Report of the Indian Hemp Drugs Commission, 1894-1895 - Volume II
Year: 1894
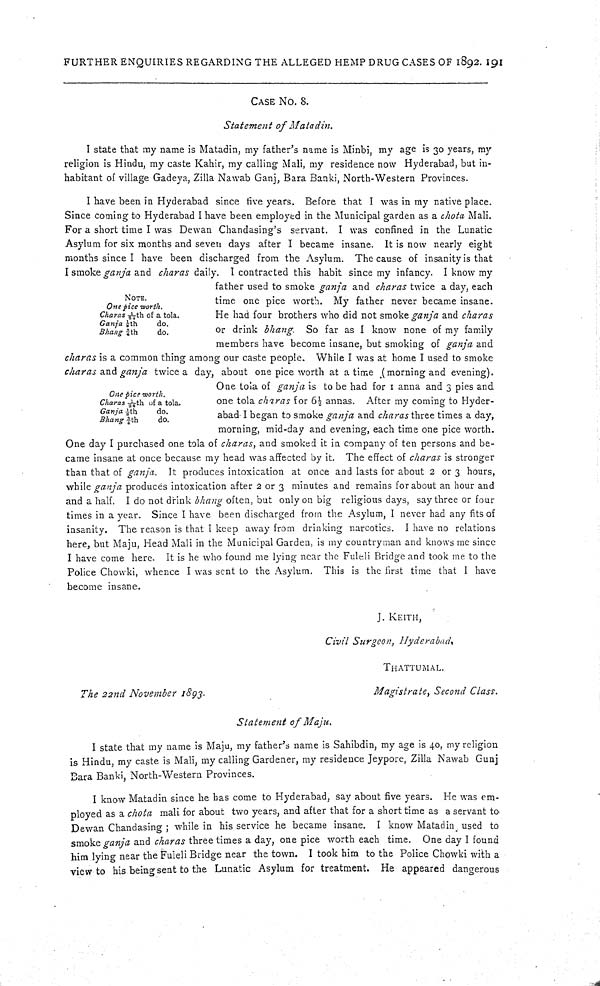
FURTHER ENQUIRIES REGARDING THE ALLEGED HEMP DRUG CASES OF 1892. 191
CASE NO. 8.
Statement of Matadin.
I state that my name is Matadin, my father's name is Minbi, my age is 30 years, my
religion is Hindu, my caste Kahir, my calling Mali, my residence now Hyderabad, but in-
habitant of village Gadeya, Zilla Nawab Ganj, Bara Banki, North-Western Provinces.
NOTE.
One pice worth.
Charas 1/24th of a tola.
Ganja 1/8th do.
Bhang 3/4th do.
One pice worth.
Charas 1/24th of a tola.
Ganja 1/8th do.
Bhang 3/4th do.
I have been in Hyderabad since five years. Before that I was in my native place.
Since coming to Hyderabad I have been employed in the Municipal garden as a chota Mali.
For a short time I was Dewan Chandasing's servant. I was confined in the Lunatic
Asylum for six months and seven days after I became insane. It is now nearly eight
months since I have been discharged from the Asylum. The cause of insanity is that
I smoke ganja and charas daily. I contracted this habit since my infancy. I know my
father used to smoke ganja and charas twice a day, each
time one pice worth. My father never became insane.
He had four brothers who did not smoke ganja and charas
or drink bhang. So far as I know none of my family
members have become insane, but smoking of ganja and
charas is a common thing among our caste people. While I was at home I used to smoke
charas and ganja twice a day, about one pice worth at a time (morning and evening).
One tola of ganja is to be had for 1 anna and 3 pies and
one tola charas for 61/2 annas. After my coming to Hyder-
abad I began to smoke ganja and charas three times a day,
morning, mid-day and evening, each time one pice worth.
One day I purchased one tola of charas, and smoked it in company of ten persons and be-
came insane at once because my head was affected by it. The effect of charas is stronger
than that of ganja. It produces intoxication at once and lasts for about 2 or 3 hours,
while ganja produces intoxication after 2 or 3 minutes and remains for about an hour and
and a half. I do not drink bhang often, but only on big religious days, say three or four
times in a year. Since I have been discharged from the Asylum, I never had any fits of
insanity. The reason is that I keep away from drinking narcotics. I have no relations
here, but Maju, Head Mali in the Municipal Garden, is my countryman and knows me since
I have come here. It is he who found me lying near the Fuleli Bridge and took me to the
Police Chowki, whence I was sent to the Asylum. This is the first time that I have
become insane.
J. KEITH,
Civil Surgeon, Hyderabad,
THATTUMAL.
The 22nd November
1893.
Magistrate, Second Class.
Statement of Maju.
I state that my name is Maju, my father's name is Sahibdin, my age is 40, my religion
is Hindu, my caste is Mali, my calling Gardener, my residence Jeypore, Zilla Nawab Gunj
Bara Banki, North-Western Provinces.
I know Matadin since he has come to Hyderabad, say about five years. He was em-
ployed as a chota mali for about two years, and after that for a short time as a servant to
Dewan Chandasing; while in his service he became insane. I know Matadin used to
smoke ganja and charas three times a day, one pice worth each time. One day I found
him lying near the Fuieli Bridge near the town. I took him to the Police Chowki with a
view to his being sent to the Lunatic Asylum for treatment. He appeared dangerous